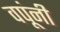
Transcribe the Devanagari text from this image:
वपूंनी